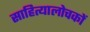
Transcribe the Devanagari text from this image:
साहित्यालोचकों